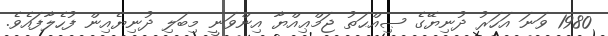
1980 ވަނަ އަހަރު ދުނިޔޭގެ ޞިއްޙަތު ޖަމްޢިއްޔާ އިންވަނީ މިބަލި ދުނިޔެއިން ފުހެލާފައެވެ.